Bombay plague: being a history of the progress of plague in the Bombay presidency from September 1896 to June 1899
Year: 1896
Disease focus: Plague
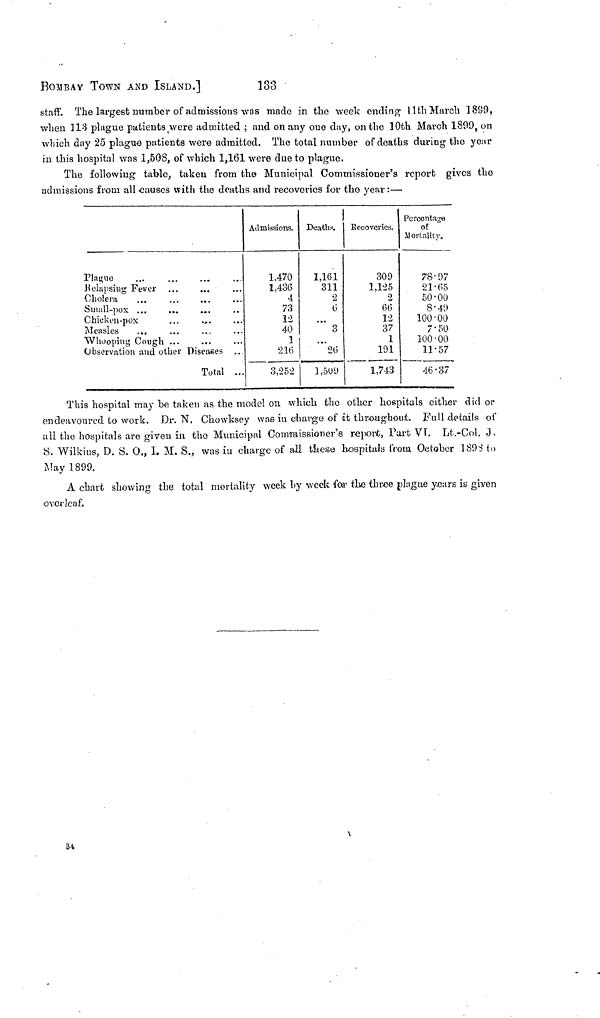
BOMBAY TOWN AND ISLAND.]
133
staff. The largest number of admissions was made in the week ending 11th March 1899,
when 113 plague patients were admitted ; and on any one day, on the 10th March 1899, on
which day 25 plague patients were admitted. The total number of deaths during the year
in this hospital was 1,508, of which 1,161 were due to plague.
The following table, taken from the Municipal Commissioner's report gives the
admissions from all causes with the deaths and recoveries for the year :—
Plague
Relapsing Fever
Cholera
Small-pox ...
Chicken-pox
Measles
Whooping Cough
· ·
· ·
.* .
...
...
...
Observation and other Diseases
Total
· ·
...
...
··
...
Admissions.
1,470
1,436
4
73
12
40
1
216
3,252
Deaths.
1,161
311
2
6
...
3
...
26
1,509
Recoveries.
309
1,125
2
66
12
37
1
191
1,743
Percentage
of
Mortality.
78.97
21.65
50.00
8 · 49
100.00
7.50
100.00
11.57
46.37
This hospital may be taken as the model on which the other hospitals cither did or
endeavoured to work. Dr. N. Chowksey was in charge of it throughout. Full details of
all the hospitals are given in the Municipal Commissioner's report, Part VI. Lt.-Col. J.
S. Wilkius, D. S. O., I. M. S., was in charge of all these hospitals from October 1898 to
May 1899.
A chart showing the total mortality week by week for the three plague years is given
overleaf.